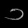
Digit: ၁